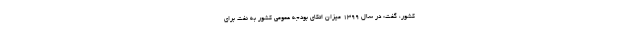
کشور،‌ گفت: در سال ۱۳۹۹ میزان اتکای بودجه عمومی کشور به نفت برای